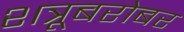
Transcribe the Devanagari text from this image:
शत्रूबरोबर